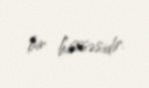
bir hisssəsidir.